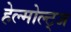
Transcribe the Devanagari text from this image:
हेल्मोल्ट्ज